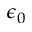
\epsilon _ { 0 }